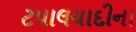
ટપાલયાદીના